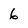
Character: 6